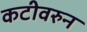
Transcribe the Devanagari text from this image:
कटीवरुन